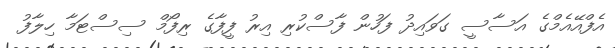
އެފްއޭއެމްގެ އަސާސީ ގަވައިދު ފަހުން ފާސްކުރި އިރު ފީފާގެ ރިފޯމް ސިސްޓަމާ ހިލާފު